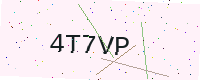
Text: 4T7VP